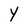
Character: Y